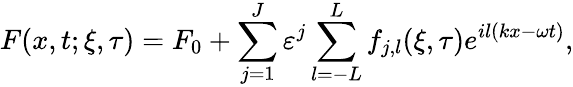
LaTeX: F(x,t;\xi,\tau)=F_{0}+\sum_{j=1}^{J}\varepsilon^{j}\sum_{l=-L}^{L}f_{j,l}(\xi,\tau)e^{il(kx-\omega t)},